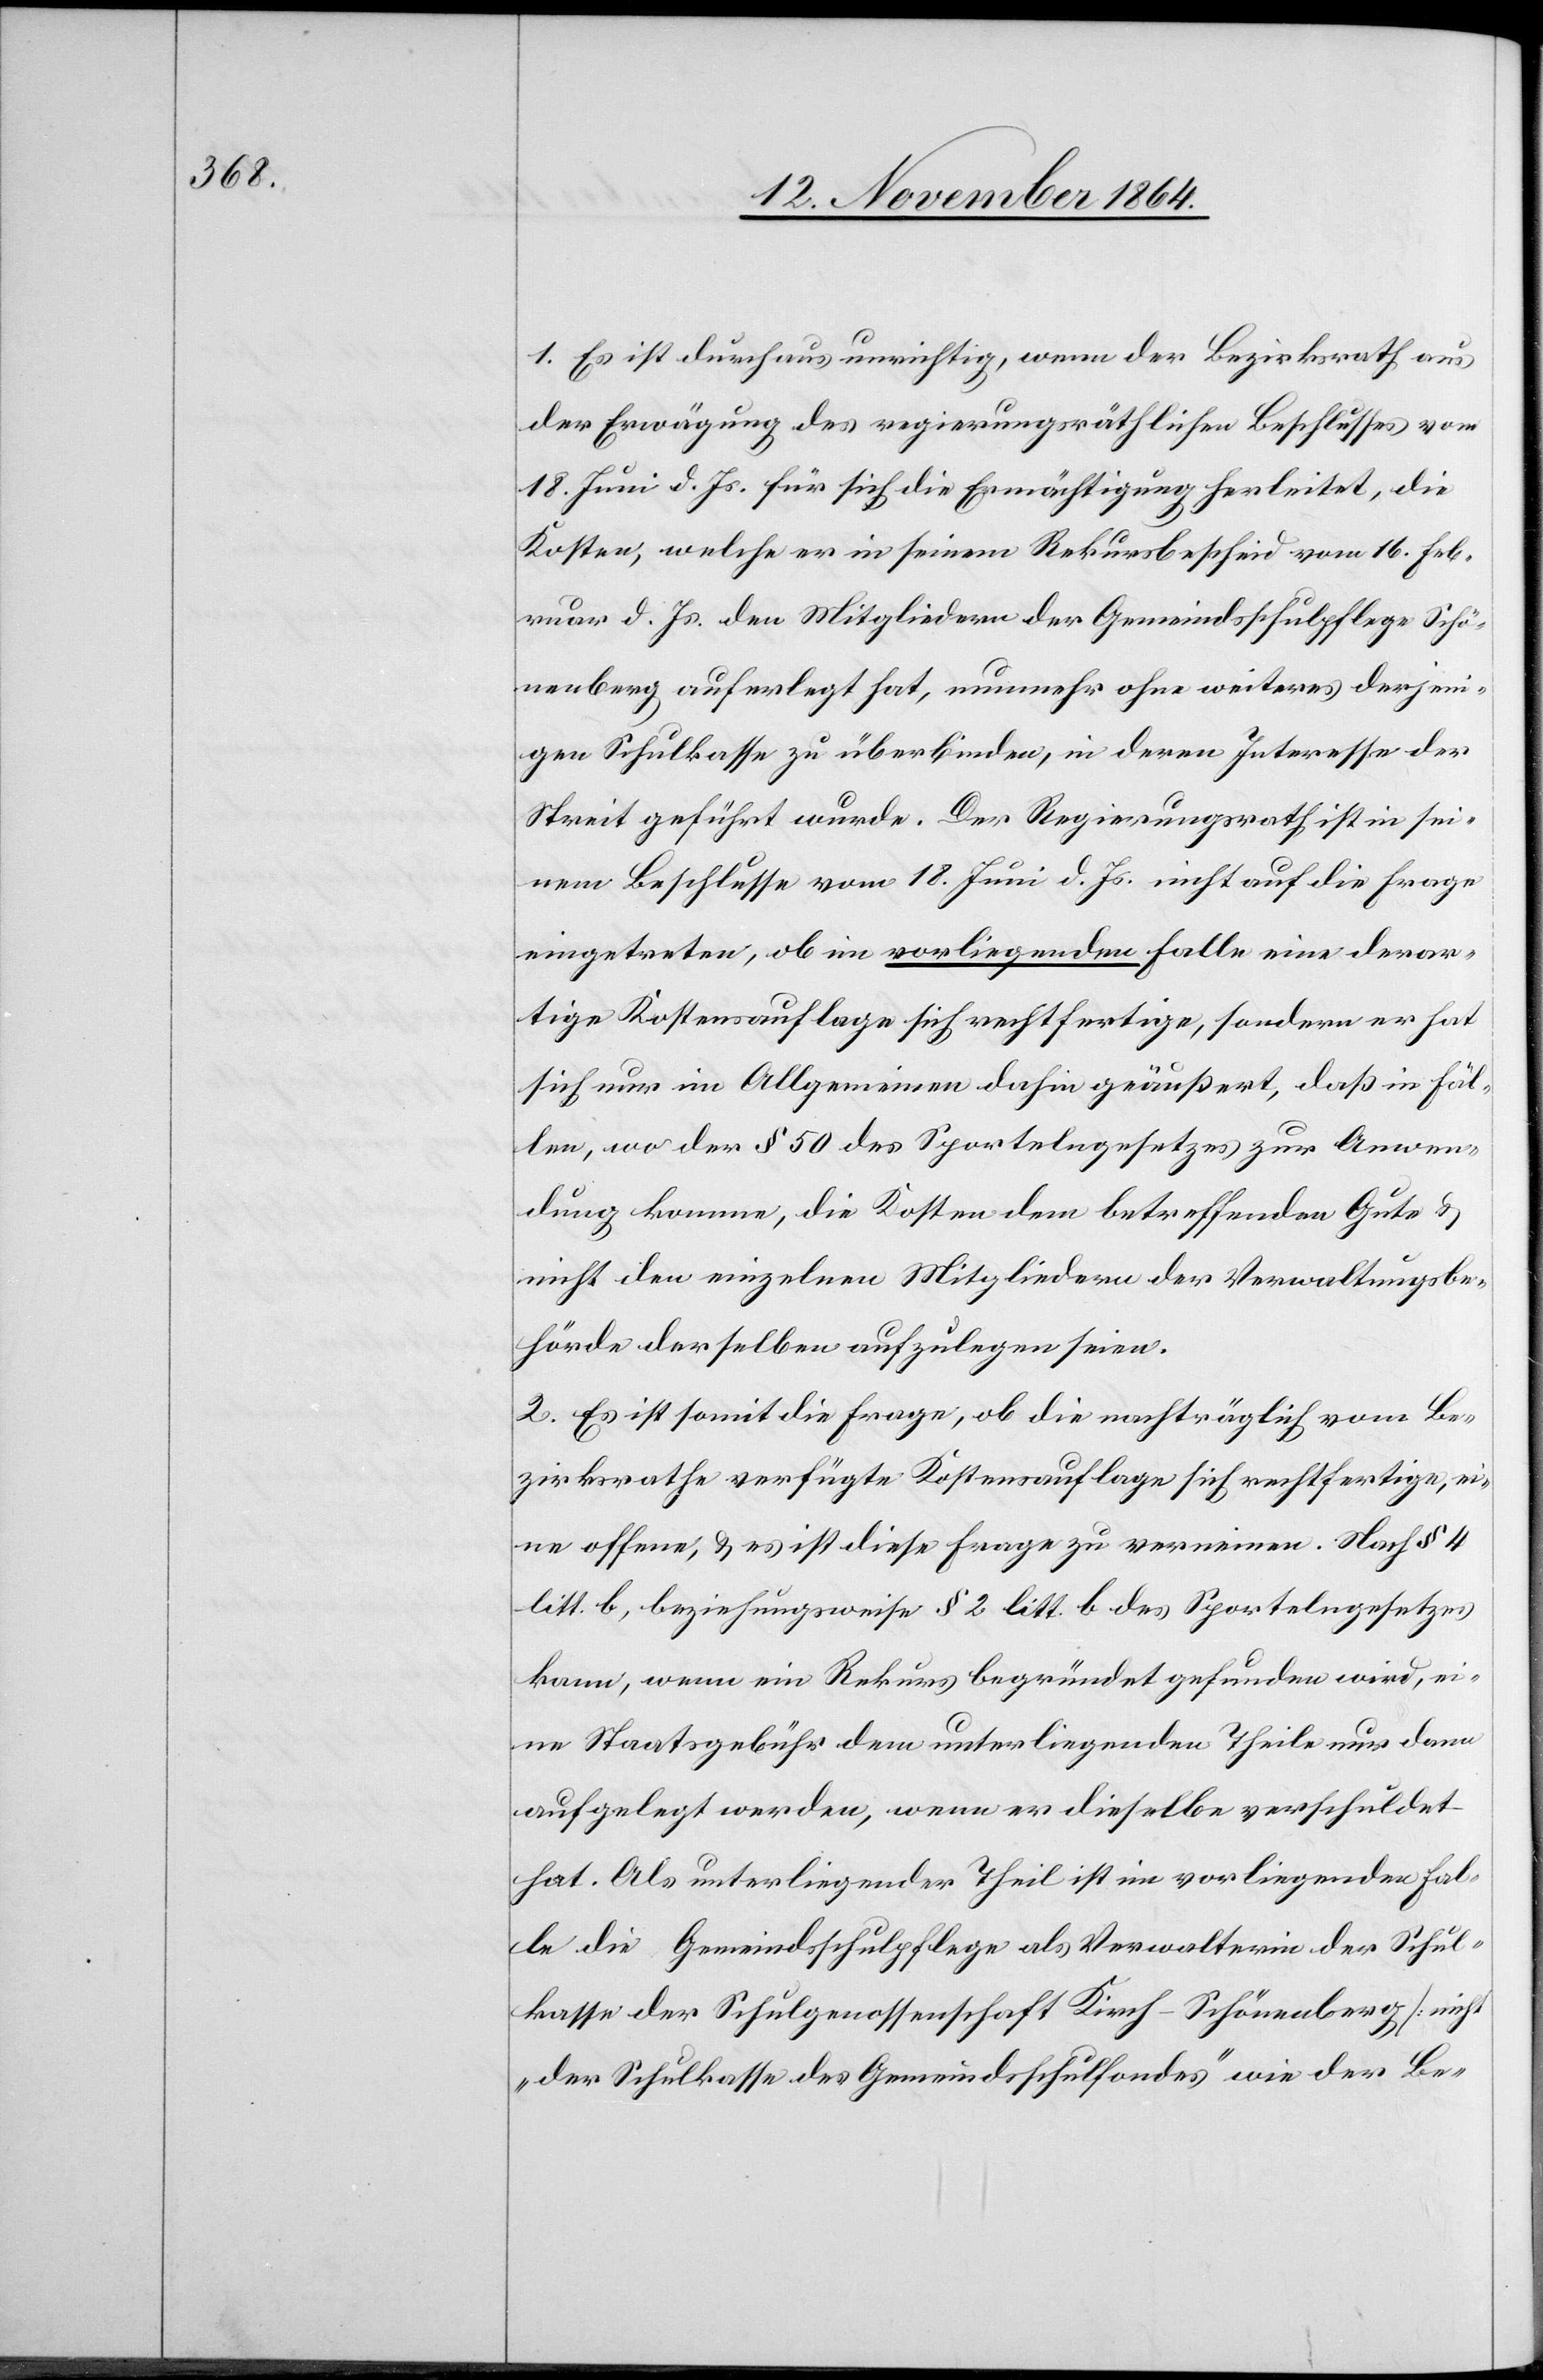
1. Es ist durchaus unrichtig, wenn der Bezirksrath aus
der Erwägung des regierungsräthlichen Beschlusses vom
18. Juni d. Js. für sich die Ermächtigung herleitet, die
Kosten, welche er in seinem Rekursbescheid vom 16. Feb¬
ruar d. Js. den Mitgliedern der Gemeindsschulpflege Schö¬
nenberg auferlegt hat, nunmehr ohne weiteres derjeni¬
gen Schulkasse zu überbinden, in deren Interesse der
Streit geführt wurde. Der Regierungsrath ist in sei¬
nem Beschlusse vom 18. Juni d. Js. nicht auf die Frage
eingetreten, ob im vorliegenden Falle eine derar¬
tige Kostenauflage sich rechtfertige, sondern er hat
sich nur im Allgemeinen dahin geäußert, daß in Fäl¬
len, wo der § 50 des Sportelngesetzes zur Anwen¬
dung komme, die Kosten dem betreffenden Gute &
nicht den einzelnen Mitgliedern der Verwaltungsbe¬
hörde derselben aufzulegen seien.
2. Es ist somit die Frage, ob die nachträglich vom Be¬
zirksrathe verfügte Kostenauflage sich rechtfertige, ei¬
ne offene, & es ist diese Frage zu verneinen. Nach § 4
litt. b, beziehungsweise § 2 litt. b des Sportelngesetzes
kann, wenn ein Rekurs begründet gefunden wird, ei¬
ne Staatsgebühr dem unterliegenden Theile nur dann
aufgelegt werden, wenn er dieselbe verschuldet
hat. Als unterliegender Theil ist im vorliegenden Fal¬
le die Gemeindsschulpflege als Verwalterin der Schul¬
kasse der Schulgenossenschaft Kirch - Schönenberg [nicht
„der Schulkasse des Gemeindsschulfondes“ wie der Be-